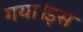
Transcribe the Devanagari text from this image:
गया।इस